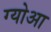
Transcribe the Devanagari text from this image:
ग्योआ